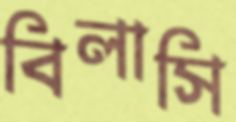
বিলাসি